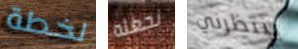
لخطة نجعله ينتظرني